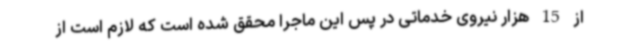
از 15 هزار نیروی خدماتی در پس این ماجرا محقق شده است که لازم است از